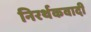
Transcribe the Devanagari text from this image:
निरर्थकवादी